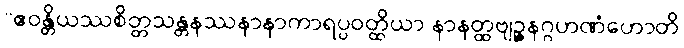
“ဧဝန္တိယဿစိတ္တသန္တနဿနာနာကာရပ္ပဝတ္ထိယာ နာနတ္ထဗျဉ္ဇနဂ္ဂဟဏံဟောတိ